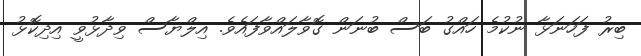
ބިރު ފަހަނަޅާ ނުކުމެ ހައްގު ބަަސް ބުނަން ގޮވާލައްވާފައެވެ. އިލްޔާސް ވިދާޅުވީ އިދިކޮޅު